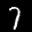
Label: 7